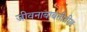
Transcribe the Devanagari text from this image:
जीवनाबाबतीतील